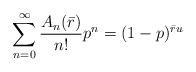
LaTeX: \begin{align*}\sum_{n=0}^{\infty} \frac{A_{n}(\bar{r})}{n!} p^{n}=(1-p)^{\bar{r} u}\end{align*}